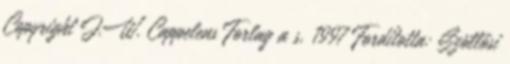
Copyright J.W. Cappelens Forlag a s, 1997 Fordította: Szöllősi